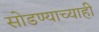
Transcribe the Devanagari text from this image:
सोडण्याच्याही